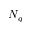
N _ { q }